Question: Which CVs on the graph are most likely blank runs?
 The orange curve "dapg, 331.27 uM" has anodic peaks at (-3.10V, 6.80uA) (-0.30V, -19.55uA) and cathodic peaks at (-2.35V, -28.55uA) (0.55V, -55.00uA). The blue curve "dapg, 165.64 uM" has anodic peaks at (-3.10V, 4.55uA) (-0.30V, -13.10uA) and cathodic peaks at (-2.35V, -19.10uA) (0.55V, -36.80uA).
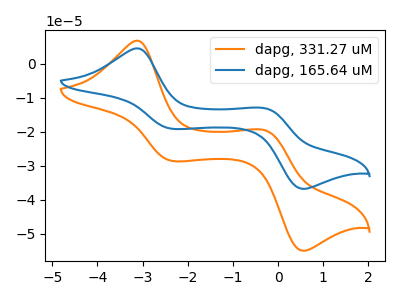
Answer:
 <answer>There are not any CV's on this graph that are likely to be blanks.</answer>
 <eval>none</eval>